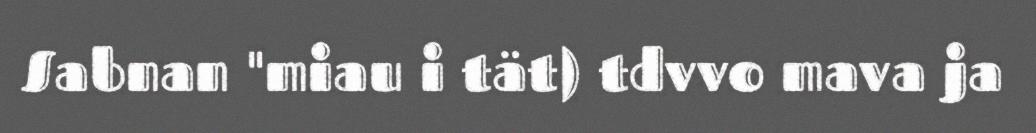
Sabnan "miau i tät) tdvvo mava ja